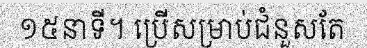
១៥នាទី។ ប្រើសម្រាប់ជំនួសតែ